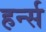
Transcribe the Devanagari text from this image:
हर्न्स